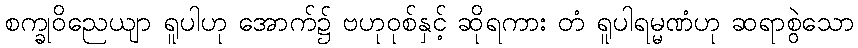
စက္ခုဝိညေယျာ ရူပါဟု အောက်၌ ဗဟုဝုစ်နှင့် ဆိုရကား တံ ရူပါရမ္မဏံဟု ဆရာစွဲသော